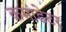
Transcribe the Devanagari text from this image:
कमांडेटर